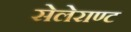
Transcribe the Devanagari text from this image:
सेलेराण्ट